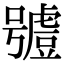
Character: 𧇼